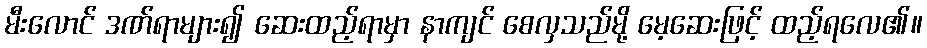
မီးလောင် ဒဏ်ရာများ၍ ဆေးထည့်ရာမှာ နာကျင် စေလှသည်မို့ မေ့ဆေးဖြင့် ထည့်ရလေ၏။